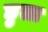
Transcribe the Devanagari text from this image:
छुता